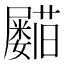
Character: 𡳵